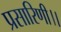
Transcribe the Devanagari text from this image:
प्रसारिणी।।